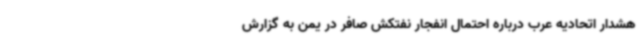
هشدار اتحادیه عرب درباره احتمال انفجار نفتکش صافر در یمن به گزارش